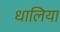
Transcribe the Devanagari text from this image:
धालिया